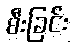
စီးခြင်း